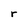
Character: r